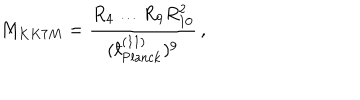
M _ { K K 7 M } = \frac { R _ { 4 } \ldots R _ { 9 } R _ { 1 0 } ^ { 2 } } { ( { } ^ { - } \! \! \! \! \ell _ { \mathrm { P l a n c k } } ^ { ( 1 1 ) } ) ^ { 9 } } \, ,